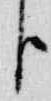
臣